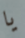
يا